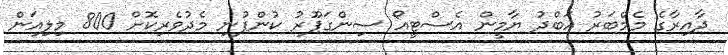
ދާއިރާގެ މެމްބަރު އަބްދު ޔާމީން އެސްޓީއޯ ސިންގަޕޫރު ކުންފުނި މެދުވެރިކޮށް 800 މިލިއަން